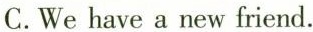
C.We have a new friend.